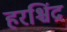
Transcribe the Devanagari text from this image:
हरश्चिंद्र